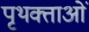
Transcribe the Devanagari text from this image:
पृथक्ताओं